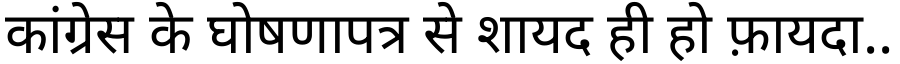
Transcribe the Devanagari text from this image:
कांग्रेस के घोषणापत्र से शायद ही हो फ़ायदा..